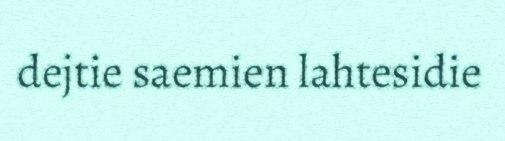
dejtie saemien lahtesidie